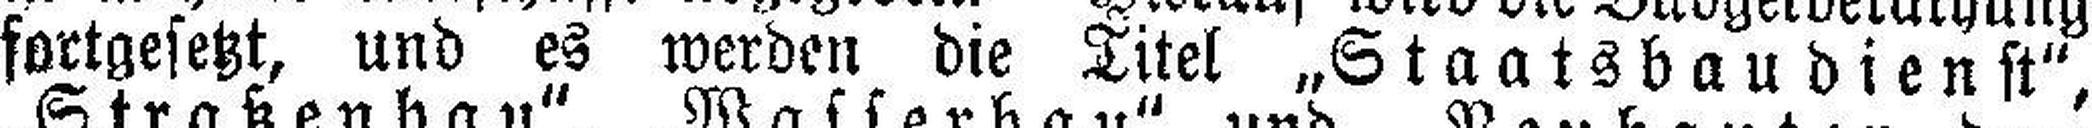
fortgesetzt, und es werden die Titel „Staatsbaudienst",